画像に写った文字を読んでください
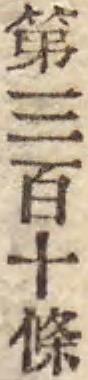
「第三百十條」と書いてあります